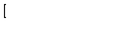
{ [ }